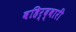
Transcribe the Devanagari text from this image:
बहिर्द्वारीं